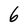
Character: 6